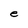
Character: e